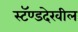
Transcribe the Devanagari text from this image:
स्टॅण्डदेखील